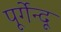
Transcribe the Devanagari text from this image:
पूर्गेन्दू